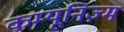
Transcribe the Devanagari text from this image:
कम्यूनिज़्म